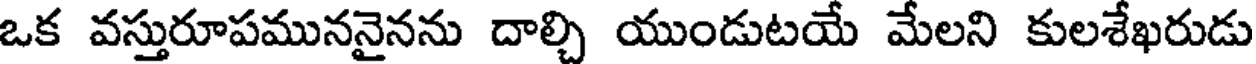
ఒక వస్తురూపముననైనను దాల్చి యుండుటయే మేలని కులశేఖరుడు